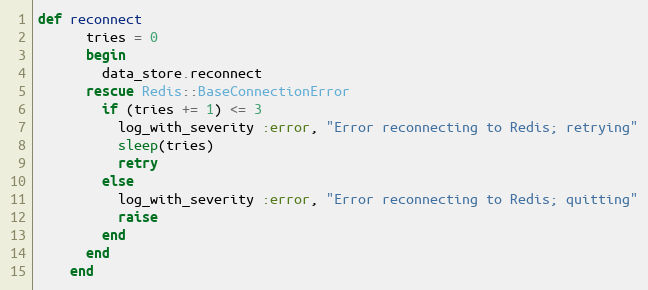
Language: Ruby
def reconnect
      tries = 0
      begin
        data_store.reconnect
      rescue Redis::BaseConnectionError
        if (tries += 1) <= 3
          log_with_severity :error, "Error reconnecting to Redis; retrying"
          sleep(tries)
          retry
        else
          log_with_severity :error, "Error reconnecting to Redis; quitting"
          raise
        end
      end
    end